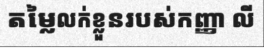
តម្លៃលក់ខ្លួនរបស់កញ្ញា លី